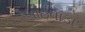
બાઇવાડા